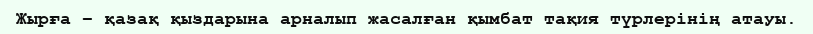
Жырға – қазақ қыздарына арналып жасалған қымбат тақия түрлерінің атауы.